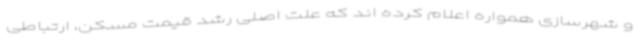
و شهرسازی همواره اعلام کرده اند که علت اصلی رشد قیمت مسکن، ارتباطی